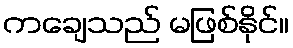
ကချေသည် မဖြစ်နိုင်။